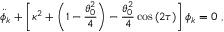
\ddot { \phi } _ { k } + \left[ \kappa ^ { 2 } + \left( 1 - { \frac { \theta _ { 0 } ^ { 2 } } { 4 } } \right) - { \frac { \theta _ { 0 } ^ { 2 } } { 4 } } \cos { ( 2 \tau ) } \right] \phi _ { k } = 0 \ ,